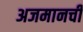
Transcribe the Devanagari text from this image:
अजमानची